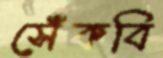
সেঁকবি